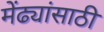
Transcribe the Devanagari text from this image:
मेंढ्यांसाठी